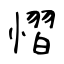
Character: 慴